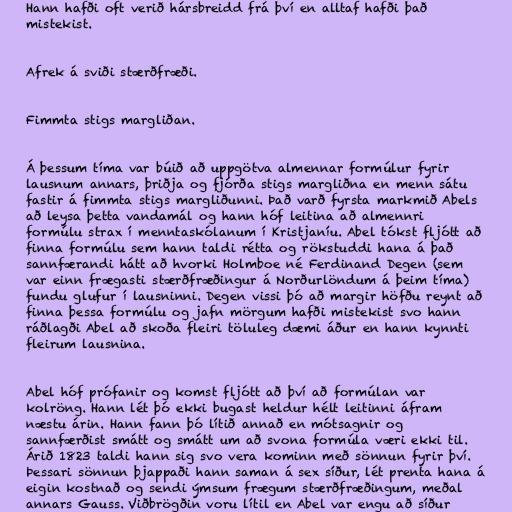
Hann hafði oft verið hársbreidd frá því en alltaf hafði það
mistekist.

Afrek á sviði stærðfræði.

Fimmta stigs margliðan.

Á þessum tíma var búið að uppgötva almennar formúlur fyrir
lausnum annars, þriðja og fjórða stigs margliðna en menn sátu
fastir á fimmta stigs margliðunni. Það varð fyrsta markmið Abels
að leysa þetta vandamál og hann hóf leitina að almennri
formúlu strax í menntaskólanum í Kristjaníu. Abel tókst fljótt að
finna formúlu sem hann taldi rétta og rökstuddi hana á það
sannfærandi hátt að hvorki Holmboe né Ferdinand Degen (sem
var einn frægasti stærðfræðingur á Norðurlöndum á þeim tíma)
fundu glufur í lausninni. Degen vissi þó að margir höfðu reynt að
finna þessa formúlu og jafn mörgum hafði mistekist svo hann
ráðlagði Abel að skoða fleiri töluleg dæmi áður en hann kynnti
fleirum lausnina.

Abel hóf prófanir og komst fljótt að því að formúlan var
kolröng. Hann lét þó ekki bugast heldur hélt leitinni áfram
næstu árin. Hann fann þó lítið annað en mótsagnir og
sannfærðist smátt og smátt um að svona formúla væri ekki til.
Árið 1823 taldi hann sig svo vera kominn með sönnun fyrir því.
Þessari sönnun þjappaði hann saman á sex síður, lét prenta hana á
eigin kostnað og sendi ýmsum frægum stærðfræðingum, meðal
annars Gauss. Viðbrögðin voru lítil en Abel var engu að síður